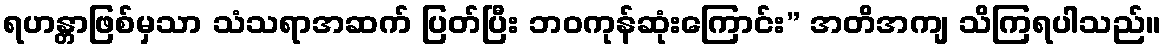
ရဟန္တာဖြစ်မှသာ သံသရာအဆက် ပြတ်ပြီး ဘဝကုန်ဆုံးကြောင်း” အတိအကျ သိကြရပါသည်။